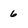
Character: 6